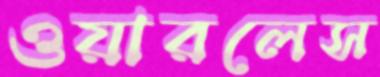
ওয়ারলেস